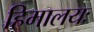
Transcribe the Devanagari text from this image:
हिमालयः